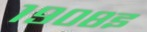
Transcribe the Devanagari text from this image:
१९०८इ